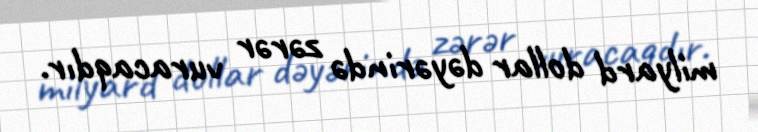
milyard dollar dəyərində zərər vuracaqdır.